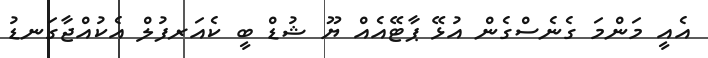
އެއީ މަންމަ ގެނެސްގެން އުޅޭ ޕާޓޭއެއް ޔޫ ޝުޑް ބީ ކެއަރފުލް އެކުއްޖާގަނޑު